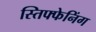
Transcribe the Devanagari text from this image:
स्तिफ्फेनिंग